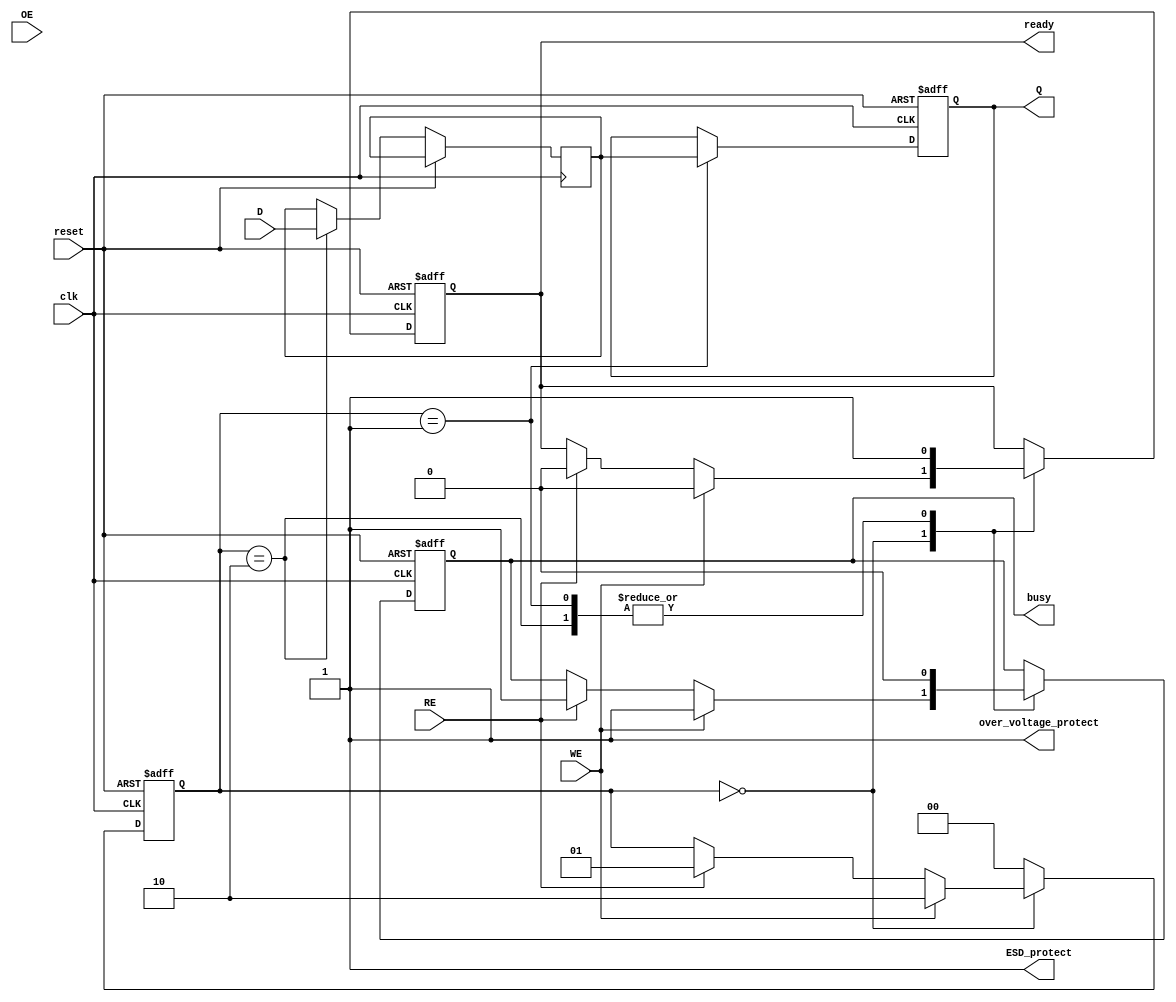
module dlc_eeprom_io (
    input wire clk,              // System clock
    input wire reset,            // Asynchronous reset
    input wire D,                // Data input
    input wire WE,               // Write Enable
    input wire RE,               // Read Enable
    input wire OE,               // Output Enable
    output reg Q,                // Data output
    output reg busy,             // Busy status signal
    output reg ready,            // Ready status signal
    output wire ESD_protect,     // ESD protection signal
    output wire over_voltage_protect // Over-voltage protection signal
);

    // Internal signals
    reg [1:0] state;             // State machine state
    reg data_latch;              // Latch for input data
    reg output_buffer;            // Buffer for output data

    // State definitions
    localparam IDLE = 2'b00;
    localparam READ = 2'b01;
    localparam WRITE = 2'b10;

    // ESD and over-voltage protection logic
    assign ESD_protect = 1'b1; // Placeholder for ESD protection logic
    assign over_voltage_protect = 1'b1; // Placeholder for over-voltage protection logic

    // State machine for control logic
    always @(posedge clk or posedge reset) begin
        if (reset) begin
            state <= IDLE;
            busy <= 1'b0;
            ready <= 1'b1;
            Q <= 1'b0;
        end else begin
            case (state)
                IDLE: begin
                    if (WE) begin
                        state <= WRITE;
                        busy <= 1'b1;
                        ready <= 1'b0;
                    end else if (RE) begin
                        state <= READ;
                        busy <= 1'b1;
                        ready <= 1'b0;
                    end
                end
                WRITE: begin
                    // Capture input data on the clock edge
                    data_latch <= D;
                    // Simulate write operation
                    #5; // Simulate write delay
                    state <= IDLE;
                    busy <= 1'b0;
                    ready <= 1'b1;
                end
                READ: begin
                    // Simulate read operation
                    #5; // Simulate read delay
                    Q <= data_latch; // Output the latched data
                    state <= IDLE;
                    busy <= 1'b0;
                    ready <= 1'b1;
                end
                default: state <= IDLE;
            endcase
        end
    end

    // Output buffer control
    always @(posedge clk) begin
        if (OE) begin
            output_buffer <= Q; // Drive output if OE is high
        end else begin
            output_buffer <= 1'bz; // High impedance state
        end
    end

endmodule